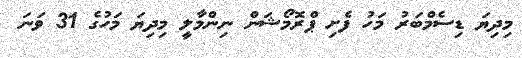
މިދިޔަ ޑިސެމްބަރު މަހު ފެށި ޕްރޮމޯޝަން ނިންމާލީ މިދިޔަ މަހުގެ 31 ވަނަ